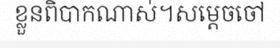
ខ្លួនពិបាកណាស់។សម្តេចចៅ